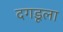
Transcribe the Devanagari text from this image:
दगडूला